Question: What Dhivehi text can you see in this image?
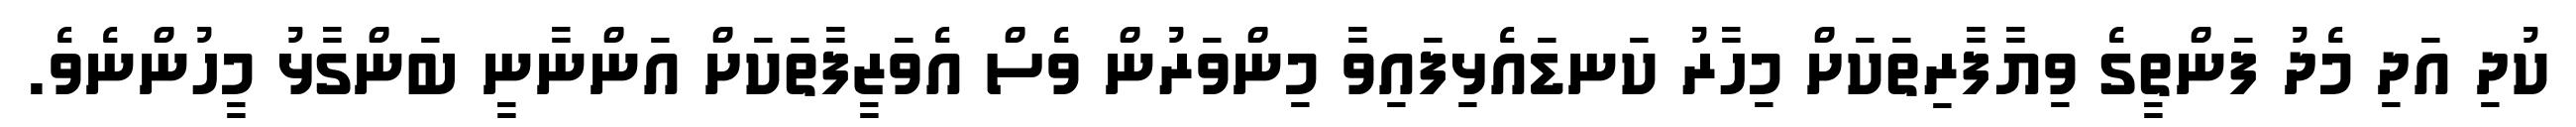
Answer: ކުދި އަދި މެދު ފަންތީގެ ވިޔާފާރިތަކަށް މިހާރު ކަނޑައެޅިފައިވާ މިންވަރުން ވެސް އެވަޒީފާތަކަށް އަންނާނީ ބަންގާޅު މީހުންނެވެ.